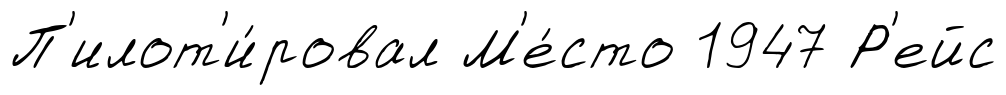
П'илот'и́ровал М'е́сто 1947 Р'ейс